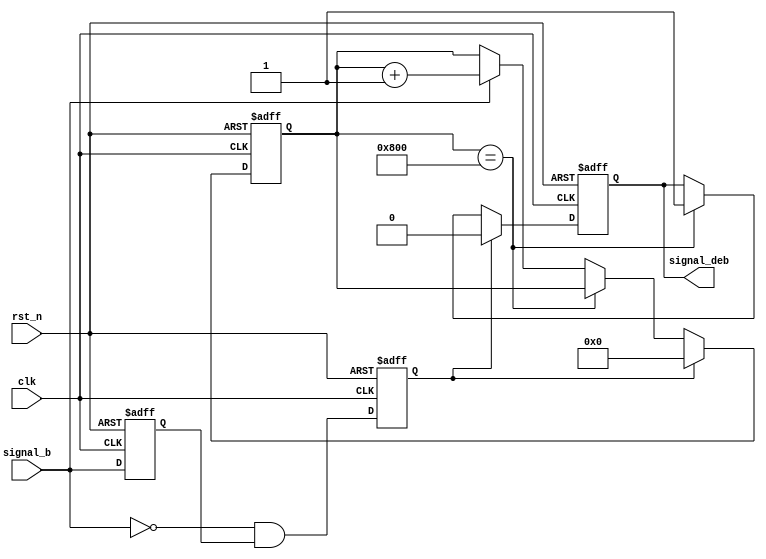
//******************************************************************
// Copyright (c) 2015 PANGO MICROSYSTEMS, INC
// ALL RIGHTS REVERVED.
//******************************************************************
`timescale 1ns/1ps
module hsst_rst_debounce_v1_0 #(
    parameter RISE_CNTR_WIDTH = 12,
    parameter RISE_CNTR_VALUE = 12'd2048,
    parameter ACTIVE_HIGH     = 1'b0 // 0 : active@low, 1 : active@high
)(
    input  wire                          clk,
    input  wire                          rst_n,
    input  wire                          signal_b,
    output wire                          signal_deb
);

wire                          signal_b_mux;
reg                           signal_b_ff;
reg                           signal_b_neg;
reg                           signal_deb_pre;
reg     [RISE_CNTR_WIDTH-1:0] rise_cnt;

assign signal_b_mux = (ACTIVE_HIGH == 1'b1) ? ~signal_b : signal_b;
always @(posedge clk or negedge rst_n)
begin
    if (!rst_n)
    begin
        signal_b_ff  <= 1'b0;
        signal_b_neg <= 1'b0;
    end
    else
    begin
        signal_b_ff  <= signal_b_mux;
        signal_b_neg <= ~signal_b_mux & signal_b_ff;
    end
end

always @(posedge clk or negedge rst_n)
begin
    if (!rst_n)
        rise_cnt <= {RISE_CNTR_WIDTH{1'b0}};
    else if (signal_b_neg)
        rise_cnt <= {RISE_CNTR_WIDTH{1'b0}};
    else if (rise_cnt == RISE_CNTR_VALUE)
        rise_cnt <= rise_cnt;
    else if (signal_b_mux)
        rise_cnt <= rise_cnt + {{RISE_CNTR_WIDTH-1{1'b0}}, 1'b1};
end

always @(posedge clk or negedge rst_n)
begin
    if (!rst_n)
        signal_deb_pre <= 1'b0;
    else if (signal_b_neg)
        signal_deb_pre <= 1'b0;
    else if (rise_cnt == RISE_CNTR_VALUE)
        signal_deb_pre <= 1'b1;
end

assign signal_deb = (ACTIVE_HIGH == 1'b1) ? ~signal_deb_pre : signal_deb_pre;

endmodule